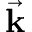
\vec { \mathbf { k } }